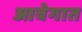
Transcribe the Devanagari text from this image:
आवेगात